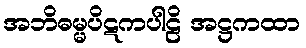
အဘိဓမ္မပိဋကပါဠိ အဋ္ဌကထာ